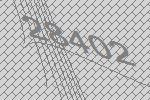
28402